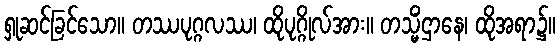
ရှုဆင်ခြင်သော။ တဿပုဂ္ဂလဿ၊ ထိုပုဂ္ဂိုလ်အား။ တသ္မိံဌာနေ၊ ထိုအရာ၌။